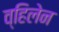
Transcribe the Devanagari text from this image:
व्हिलेन